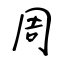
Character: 周